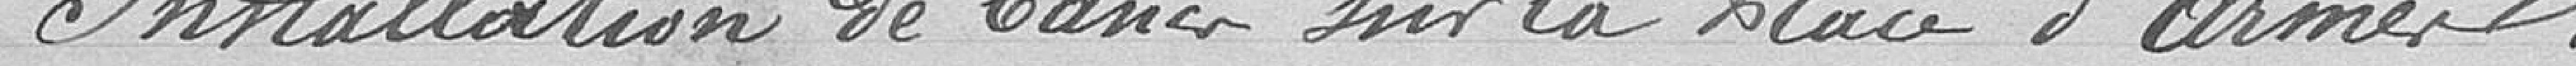
Installation de bancs sur la Place d'Armes